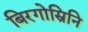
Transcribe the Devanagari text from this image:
बिरगोस्रिनि